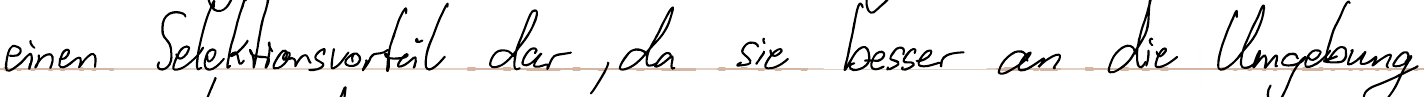
einen Selektionsvorteil dar, da sie besser an die Umgebung